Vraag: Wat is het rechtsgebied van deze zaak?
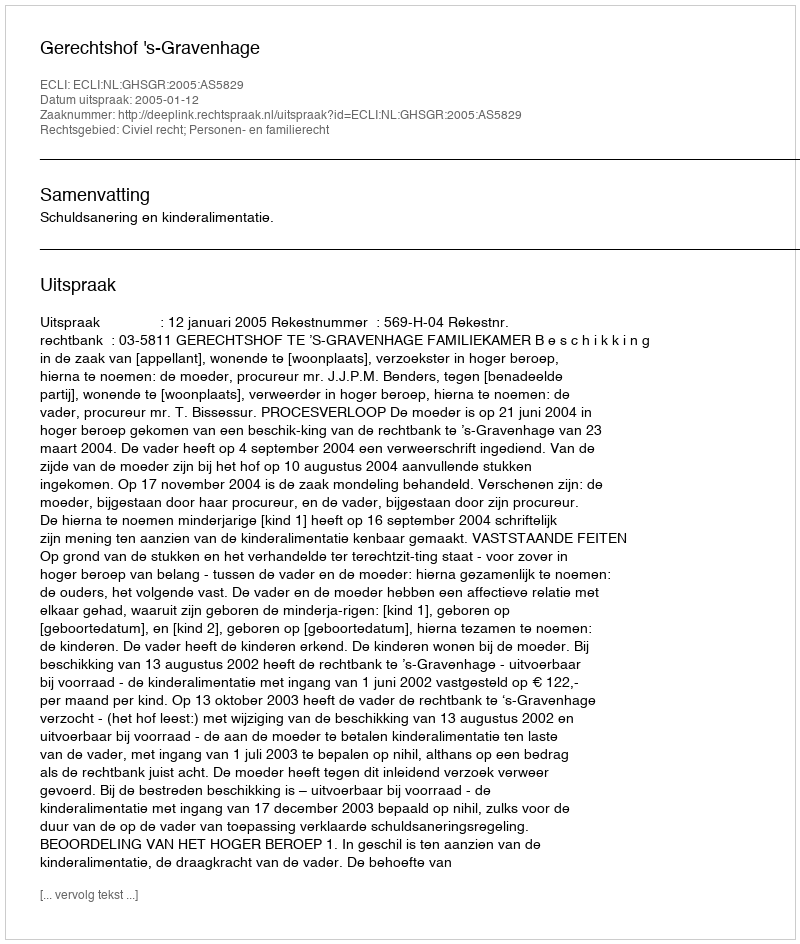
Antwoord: Civiel recht; Personen- en familierecht